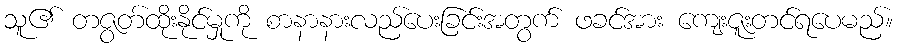
သူ၏ တဇွတ်ထိုးနိုင်မှုကို စာနာနားလည်ပေးခြင်းအတွက် ဖခင်အား ကျေးဇူးတင်ရပေမည်။